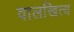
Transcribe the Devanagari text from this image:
वालखित्य